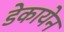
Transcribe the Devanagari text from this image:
डेकायेन